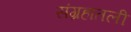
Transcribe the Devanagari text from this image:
संग्रहातली